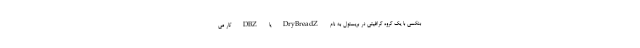
بنکسی با یک گروه گرافیتی در بریستول به نام DryBreadZ یا DBZ کار می